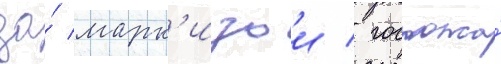
за́ марк'изои / госпожа́